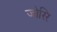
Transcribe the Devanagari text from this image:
जोरिर